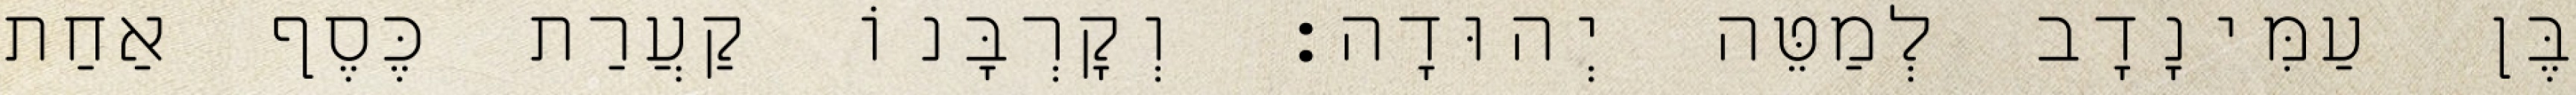
בֶּן עַמִּינָדָב לְמַטֵּה יְהוּדָה׃ וְקָרְבָּנוֹ קַעֲרַת כֶּסֶף אַחַת